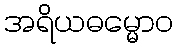
အရိယဓမ္မောဝ